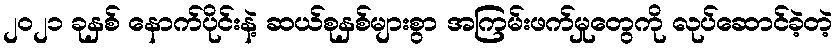
၂၀၂၁ ခုနှစ် နောက်ပိုင်းနဲ့ ဆယ်စုနှစ်များစွာ အကြမ်းဖက်မှုတွေကို လုပ်ဆောင်ခဲ့တဲ့